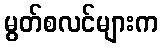
မွတ်စလင်များက